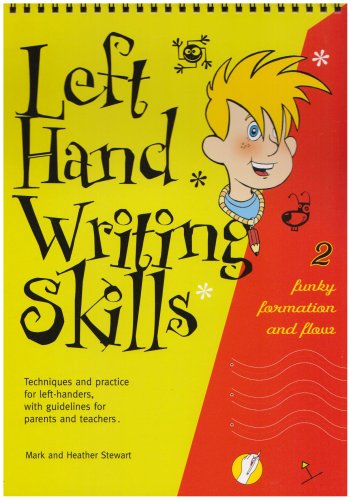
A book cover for Left Hand Writing Skills: Book 2: Funky Formation and Flow (bk. 2); Mark Stewart; Reference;